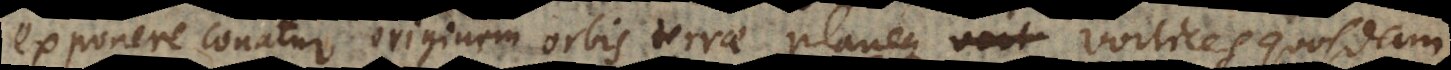
exponere conatur originem orbis terrae planeque vortices quosdam